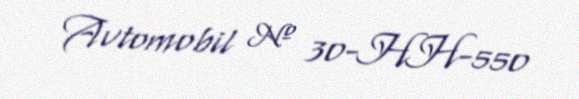
Avtomobil № 30-HH-550